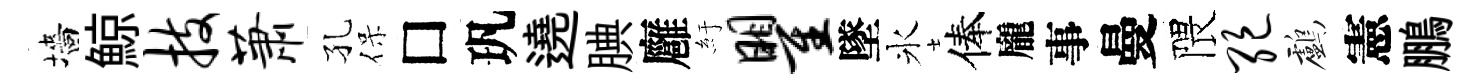
墻鯨技萧孔保□㺬遶腆廱紆瞿墜氷俸龐事曼隈绝鸕憲鵬